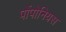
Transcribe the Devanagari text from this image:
पोंपोनियस